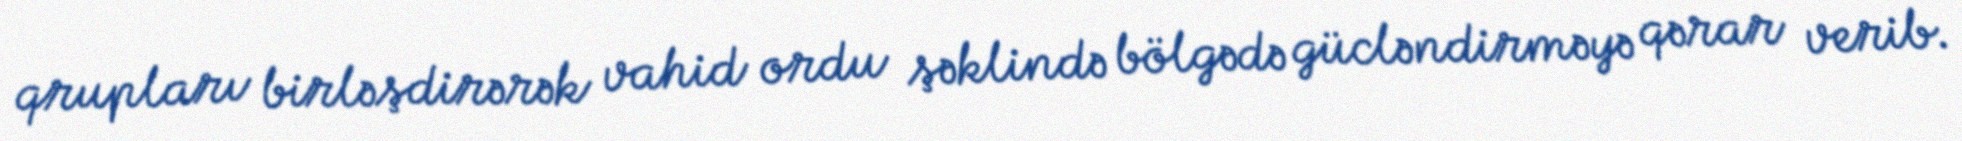
qrupları birləşdirərək vahid ordu şəklində bölgədə gücləndirməyə qərar verib.